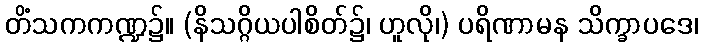
တိံသကကဏ္ဍ၌။ (နိသဂ္ဂိယပါစိတ်၌၊ ဟူလို၊) ပရိဏာမန သိက္ခာပဒေ၊